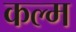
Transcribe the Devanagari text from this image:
कल्म